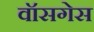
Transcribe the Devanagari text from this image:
वॉसगेस